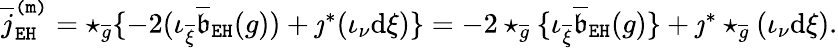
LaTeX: \begin{array}{r}{\overline{{j}}_{\mathtt{EH}}^{\mathtt{(m)}}=\star_{\overline{{g}}}\{ -2(\iota_{\overline{{\xi}}}\overline{{\mathfrak{b}}}_{\mathtt{EH}}(g))+\jmath^{*}(\iota_{\nu}\mathrm{d}\xi)\} =-2\star_{\overline{{g}}}\{ \iota_{\overline{{\xi}}}\overline{{\mathfrak{b}}}_{\mathtt{EH}}(g)\} +\jmath^{*}\star_{\overline{{g}}}(\iota_{\nu}\mathrm{d}\xi).}\end{array}